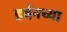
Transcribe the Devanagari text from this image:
डर्बनच्या